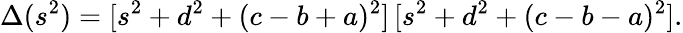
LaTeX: \Delta(s^{2})=[s^{2}+d^{2}+(c-b+a)^{2}]\, [s^{2}+d^{2}+(c-b-a)^{2}].